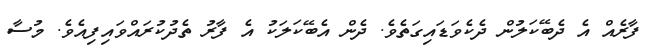
ފާރެއް އެ ދެބޭކަލުން ދެކެވަޑައިގަތެވެ. ދެން އެބޭކަލަކު އެ ފާރު ތެދުކުރައްވައިފިއެވެ. މުސާ